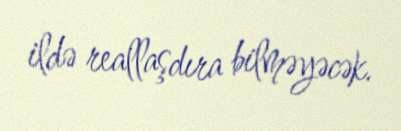
ildə reallaşdıra bilməyəcək.